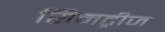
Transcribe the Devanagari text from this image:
सिमट्रीज